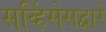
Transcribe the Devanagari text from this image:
सर्व्हिसेसद्वारे